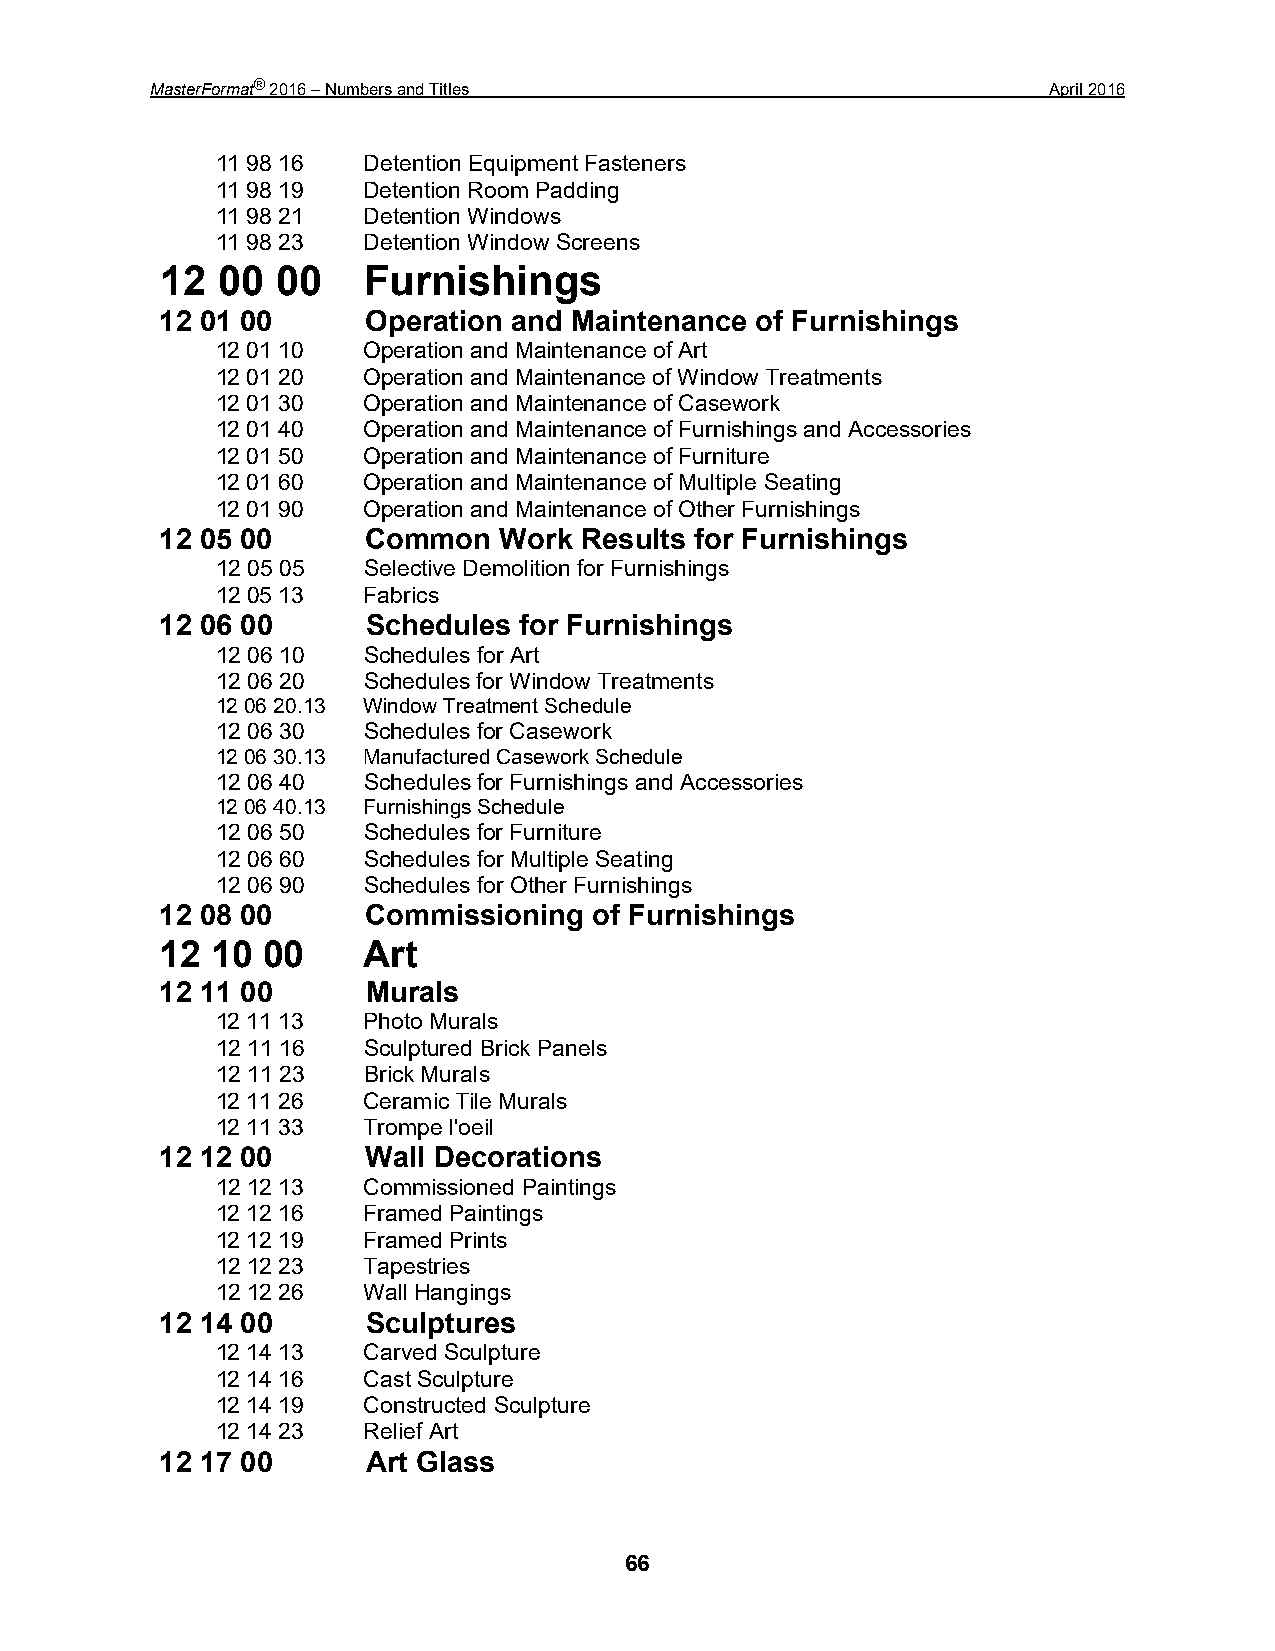
MasterFormat® 2016 – Numbers and Titles                     April 2016
 11 98 16  Detention Equipment Fasteners
 11 98 19  Detention Room Padding
 11 98 21  Detention Windows
 11 98 23  Detention Window Screens
 12 00  00    Furnishings
 12 01 00     Operation and Maintenance of Furnishings
 12 01 10  Operation and Maintenance of Art
 12 01 20  Operation and Maintenance of Window Treatments
 12 01 30  Operation and Maintenance of Casework
 12 01 40  Operation and Maintenance of Furnishings and Accessories
 12 01 50  Operation and Maintenance of Furniture
 12 01 60  Operation and Maintenance of Multiple Seating
 12 01 90  Operation and Maintenance of Other Furnishings
 12 05 00     Common   Work Results for Furnishings
 12 05 05  Selective Demolition for Furnishings
 12 05 13  Fabrics
 12 06 00     Schedules for Furnishings
 12 06 10  Schedules for Art
 12 06 20  Schedules for Window Treatments
 12 06 20.13 Window Treatment Schedule
 12 06 30  Schedules for Casework
 12 06 30.13 Manufactured Casework Schedule
 12 06 40  Schedules for Furnishings and Accessories
 12 06 40.13 Furnishings Schedule
 12 06 50  Schedules for Furniture
 12 06 60  Schedules for Multiple Seating
 12 06 90  Schedules for Other Furnishings
 12 08 00     Commissioning  of Furnishings
 12 10 00     Art
 12 11 00     Murals
 12 11 13  Photo Murals
 12 11 16  Sculptured Brick Panels
 12 11 23  Brick Murals
 12 11 26  Ceramic Tile Murals
 12 11 33  Trompe l'oeil
 12 12 00     Wall Decorations
 12 12 13  Commissioned Paintings
 12 12 16  Framed Paintings
 12 12 19  Framed Prints
 12 12 23  Tapestries
 12 12 26  Wall Hangings
 12 14 00     Sculptures
 12 14 13  Carved Sculpture
 12 14 16  Cast Sculpture
 12 14 19  Constructed Sculpture
 12 14 23  Relief Art
 12 17 00     Art Glass
 66